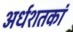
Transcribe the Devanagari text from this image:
अर्धशतकां